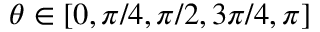
\theta \in [ 0 , \pi / 4 , \pi / 2 , 3 \pi / 4 , \pi ]